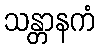
သန္တာနကံ